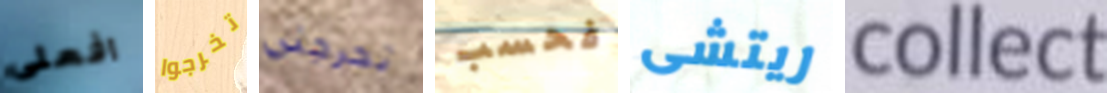
افعلى تخرجوا تحرجني فحسب ريتشى collect